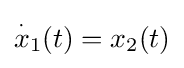
{\overset {\cdot }{x}}_{1}(t)=x_{2}(t)